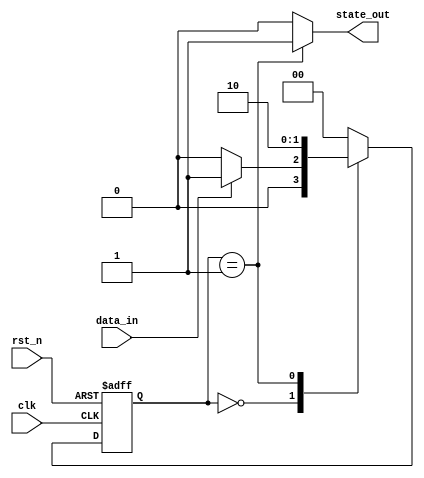
module event_control_example (
    input wire clk,         // Clock signal
    input wire rst_n,      // Active low reset
    input wire data_in,    // Input signal
    output reg state_out    // Output state
);

    // State definition
    reg [1:0] state;       // 2-bit state variable
    reg [1:0] next_state;  // Next state variable

    // State encoding
    localparam IDLE      = 2'b00;
    localparam PROCESS   = 2'b01;
    localparam COMPLETE  = 2'b10;

    // Sequential block triggered by clock and reset
    always @(posedge clk or negedge rst_n) begin
        if (!rst_n) begin
            state <= IDLE; // Reset state
        end else begin
            state <= next_state; // Update state
        end
    end

    // Combinational block for next state logic
    always @(state or data_in) begin
        case (state)
            IDLE: begin
                if (data_in) begin
                    next_state = PROCESS; // Transition to PROCESS state
                end else begin
                    next_state = IDLE;    // Remain in IDLE state
                end
            end
            PROCESS: begin
                // Some processing logic can go here
                next_state = COMPLETE; // Move to COMPLETE state
            end
            COMPLETE: begin
                next_state = IDLE;      // Go back to IDLE state
            end
            default: next_state = IDLE; // Default state
        endcase
    end

    // Output logic based on the current state
    always @(state) begin
        case (state)
            IDLE: state_out = 1'b0; // Output low when in IDLE state
            PROCESS: state_out = 1'b1; // Output high when processing
            COMPLETE: state_out = 1'b0; // Output low when complete
            default: state_out = 1'b0; // Default output
        endcase
    end

endmodule